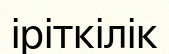
іріткілік